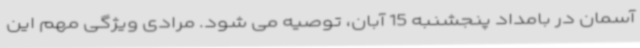
آسمان در بامداد پنجشنبه 15 آبان، توصیه می شود. مرادی ویژگی مهم این